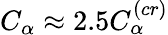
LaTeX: C_{\alpha}\approx 2.5C_{\alpha}^{(cr)}